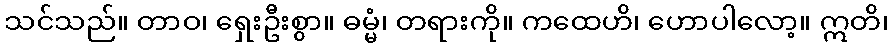
သင်သည်။ တာဝ၊ ရှေးဦးစွာ။ ဓမ္မံ၊ တရားကို။ ကထေဟိ၊ ဟောပါလော့။ ဣတိ၊